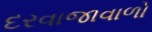
દરવાજાવાળો